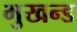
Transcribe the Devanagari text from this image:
भुखन्ड